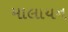
માલાયન